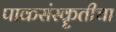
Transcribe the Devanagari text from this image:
पाकसंस्कॄतीचा